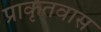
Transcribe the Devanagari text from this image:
प्राकृतवास